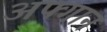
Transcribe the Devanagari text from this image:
अफ्गान